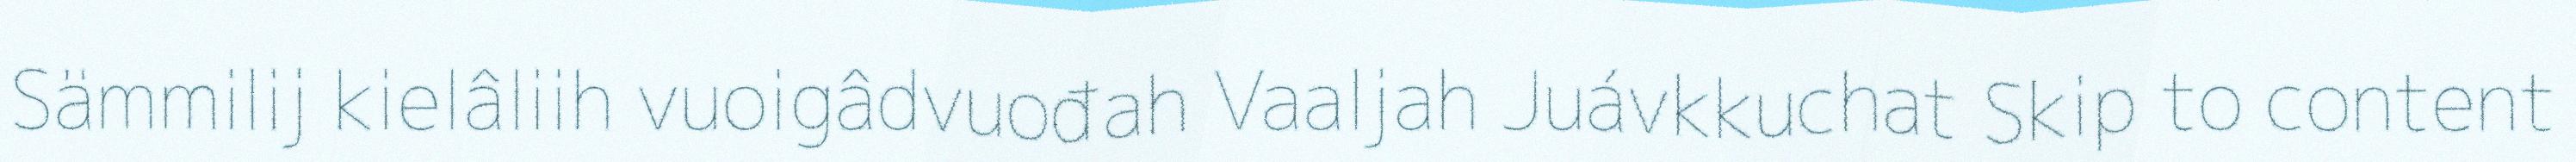
Sämmilij kielâliih vuoigâdvuođah Vaaljah Juávkkuchat Skip to content